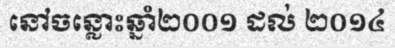
នៅចន្លោះឆ្នាំ២០០១ ដល់ ២០១៤